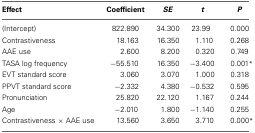
<table><thead><tr><td><b>Effect</b></td><td><b>Coefficient</b></td><td><b><i>SE</i></b></td><td><b><i>t</i></b></td><td><b><i>P</i></b></td></tr></thead><tbody><tr><td>(Intercept)</td><td>822.890</td><td>34.300</td><td>23.99</td><td>0.000</td></tr><tr><td>Contrastiveness</td><td>18.163</td><td>16.350</td><td>1.110</td><td>0.268</td></tr><tr><td>AAE use</td><td>2.600</td><td>8.200</td><td>0.320</td><td>0.749</td></tr><tr><td>TASA log frequency</td><td>−55.510</td><td>16.350</td><td>−3.400</td><td>0.001<sup>*</sup></td></tr><tr><td>EVT standard score</td><td>3.060</td><td>3.070</td><td>1.000</td><td>0.318</td></tr><tr><td>PPVT standard score</td><td>−2.332</td><td>4.380</td><td>−0.532</td><td>0.595</td></tr><tr><td>Pronunciation</td><td>25.820</td><td>22.120</td><td>1.167</td><td>0.244</td></tr><tr><td>Age</td><td>−2.010</td><td>1.800</td><td>−1.140</td><td>0.255</td></tr><tr><td>Contrastiveness × AAE use</td><td>13.560</td><td>3.650</td><td>3.710</td><td>0.000<sup>*</sup></td></tr></tbody></table>